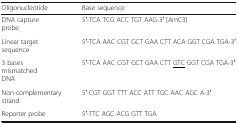
<table><thead><tr><td><b>Oligonucleotide</b></td><td><b>Base sequence</b></td></tr></thead><tbody><tr><td>DNA capture probe</td><td>5′-TCA TCG ACC TGT AAG-3′ [AmC3]</td></tr><tr><td>Linear target sequence</td><td>5′-TCA AAC CGT GCT GAA CTT ACA GGT CGA TGA-3′</td></tr><tr><td>3 bases mismatched DNA</td><td>5′-TCA AAC CGT GCT GAA CTT <underline>GTC</underline> GGT CGA TGA-3′</td></tr><tr><td>Non-complementary strand</td><td>5′-CGT GGT TTT ACC ATT TGC AAC AGC A-3′</td></tr><tr><td>Reporter probe</td><td>5′-TTC AGC ACG GTT TGA</td></tr></tbody></table>